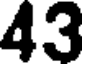
43